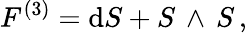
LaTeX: F^{(3)}=\mathrm{d}S+S\, \wedge\, S\, ,